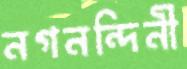
নগনন্দিনী